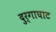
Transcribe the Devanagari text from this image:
दुर्गाघाट